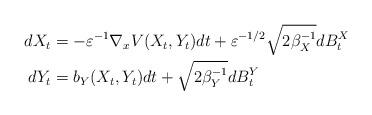
LaTeX: \begin{align*} dX_t &= -\varepsilon^{-1} \nabla_x V(X_t, Y_t) dt + {\varepsilon}^{-1/2} \sqrt{2 {\beta_X^{-1}}} dB^X_t \\ dY_t &= b_Y(X_t, Y_t) dt + \sqrt{2 \beta_Y^{-1}} dB^Y_t\end{align*}